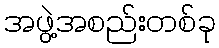
အဖွဲ့အစည်းတစ်ခု